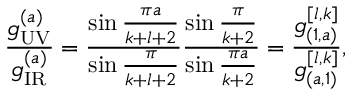
{ \frac { g _ { \tiny \mathrm { U V } } ^ { ( a ) } } { g _ { \tiny \mathrm { I R } } ^ { ( a ) } } } = { \frac { \sin { \frac { \pi a } { k + l + 2 } } } { \sin { \frac { \pi } { k + l + 2 } } } } { \frac { \sin { \frac { \pi } { k + 2 } } } { \sin { \frac { \pi a } { k + 2 } } } } = { \frac { g _ { ( 1 , a ) } ^ { [ l , k ] } } { g _ { ( a , 1 ) } ^ { [ l , k ] } } } ,